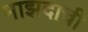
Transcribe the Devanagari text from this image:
माझदाची